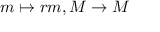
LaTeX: m \mapsto r m , M \to M